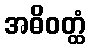
အဓိဝတ္ထံ